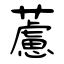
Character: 藘